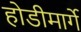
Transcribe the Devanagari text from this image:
होडीमार्गे